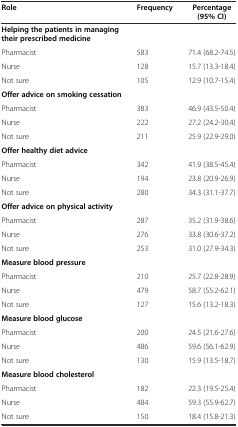
<table><thead><tr><td><b>Role</b></td><td><b>Frequency</b></td><td><b>Percentage (95% CI)</b></td></tr></thead><tbody><tr><td><b>Helping the patients in managing their prescribed medicine</b></td><td></td><td></td></tr><tr><td>Pharmacist</td><td>583</td><td>71.4 (68.2-74.5)</td></tr><tr><td>Nurse</td><td>128</td><td>15.7 (13.3-18.4)</td></tr><tr><td>Not sure</td><td>105</td><td>12.9 (10.7-15.4)</td></tr><tr><td><b>Offer advice on smoking cessation</b></td><td></td><td></td></tr><tr><td>Pharmacist</td><td>383</td><td>46.9 (43.5-50.4)</td></tr><tr><td>Nurse</td><td>222</td><td>27.2 (24.2-30.4)</td></tr><tr><td>Not sure</td><td>211</td><td>25.9 (22.9-29.0)</td></tr><tr><td><b>Offer healthy diet advice</b></td><td></td><td></td></tr><tr><td>Pharmacist</td><td>342</td><td>41.9 (38.5-45.4)</td></tr><tr><td>Nurse</td><td>194</td><td>23.8 (20.9-26.9)</td></tr><tr><td>Not sure</td><td>280</td><td>34.3 (31.1-37.7)</td></tr><tr><td><b>Offer advice on physical activity</b></td><td></td><td></td></tr><tr><td>Pharmacist</td><td>287</td><td>35.2 (31.9-38.6)</td></tr><tr><td>Nurse</td><td>276</td><td>33.8 (30.6-37.2)</td></tr><tr><td>Not sure</td><td>253</td><td>31.0 (27.9-34.3)</td></tr><tr><td><b>Measure blood pressure</b></td><td></td><td></td></tr><tr><td>Pharmacist</td><td>210</td><td>25.7 (22.8-28.9)</td></tr><tr><td>Nurse</td><td>479</td><td>58.7 (55.2-62.1)</td></tr><tr><td>Not sure</td><td>127</td><td>15.6 (13.2-18.3)</td></tr><tr><td><b>Measure blood glucose</b></td><td></td><td></td></tr><tr><td>Pharmacist</td><td>200</td><td>24.5 (21.6-27.6)</td></tr><tr><td>Nurse</td><td>486</td><td>59.6 (56.1-62.9)</td></tr><tr><td>Not sure</td><td>130</td><td>15.9 (13.5-18.7)</td></tr><tr><td><b>Measure blood cholesterol</b></td><td></td><td></td></tr><tr><td>Pharmacist</td><td>182</td><td>22.3 (19.5-25.4)</td></tr><tr><td>Nurse</td><td>484</td><td>59.3 (55.9-62.7)</td></tr><tr><td>Not sure</td><td>150</td><td>18.4 (15.8-21.3)</td></tr></tbody></table>